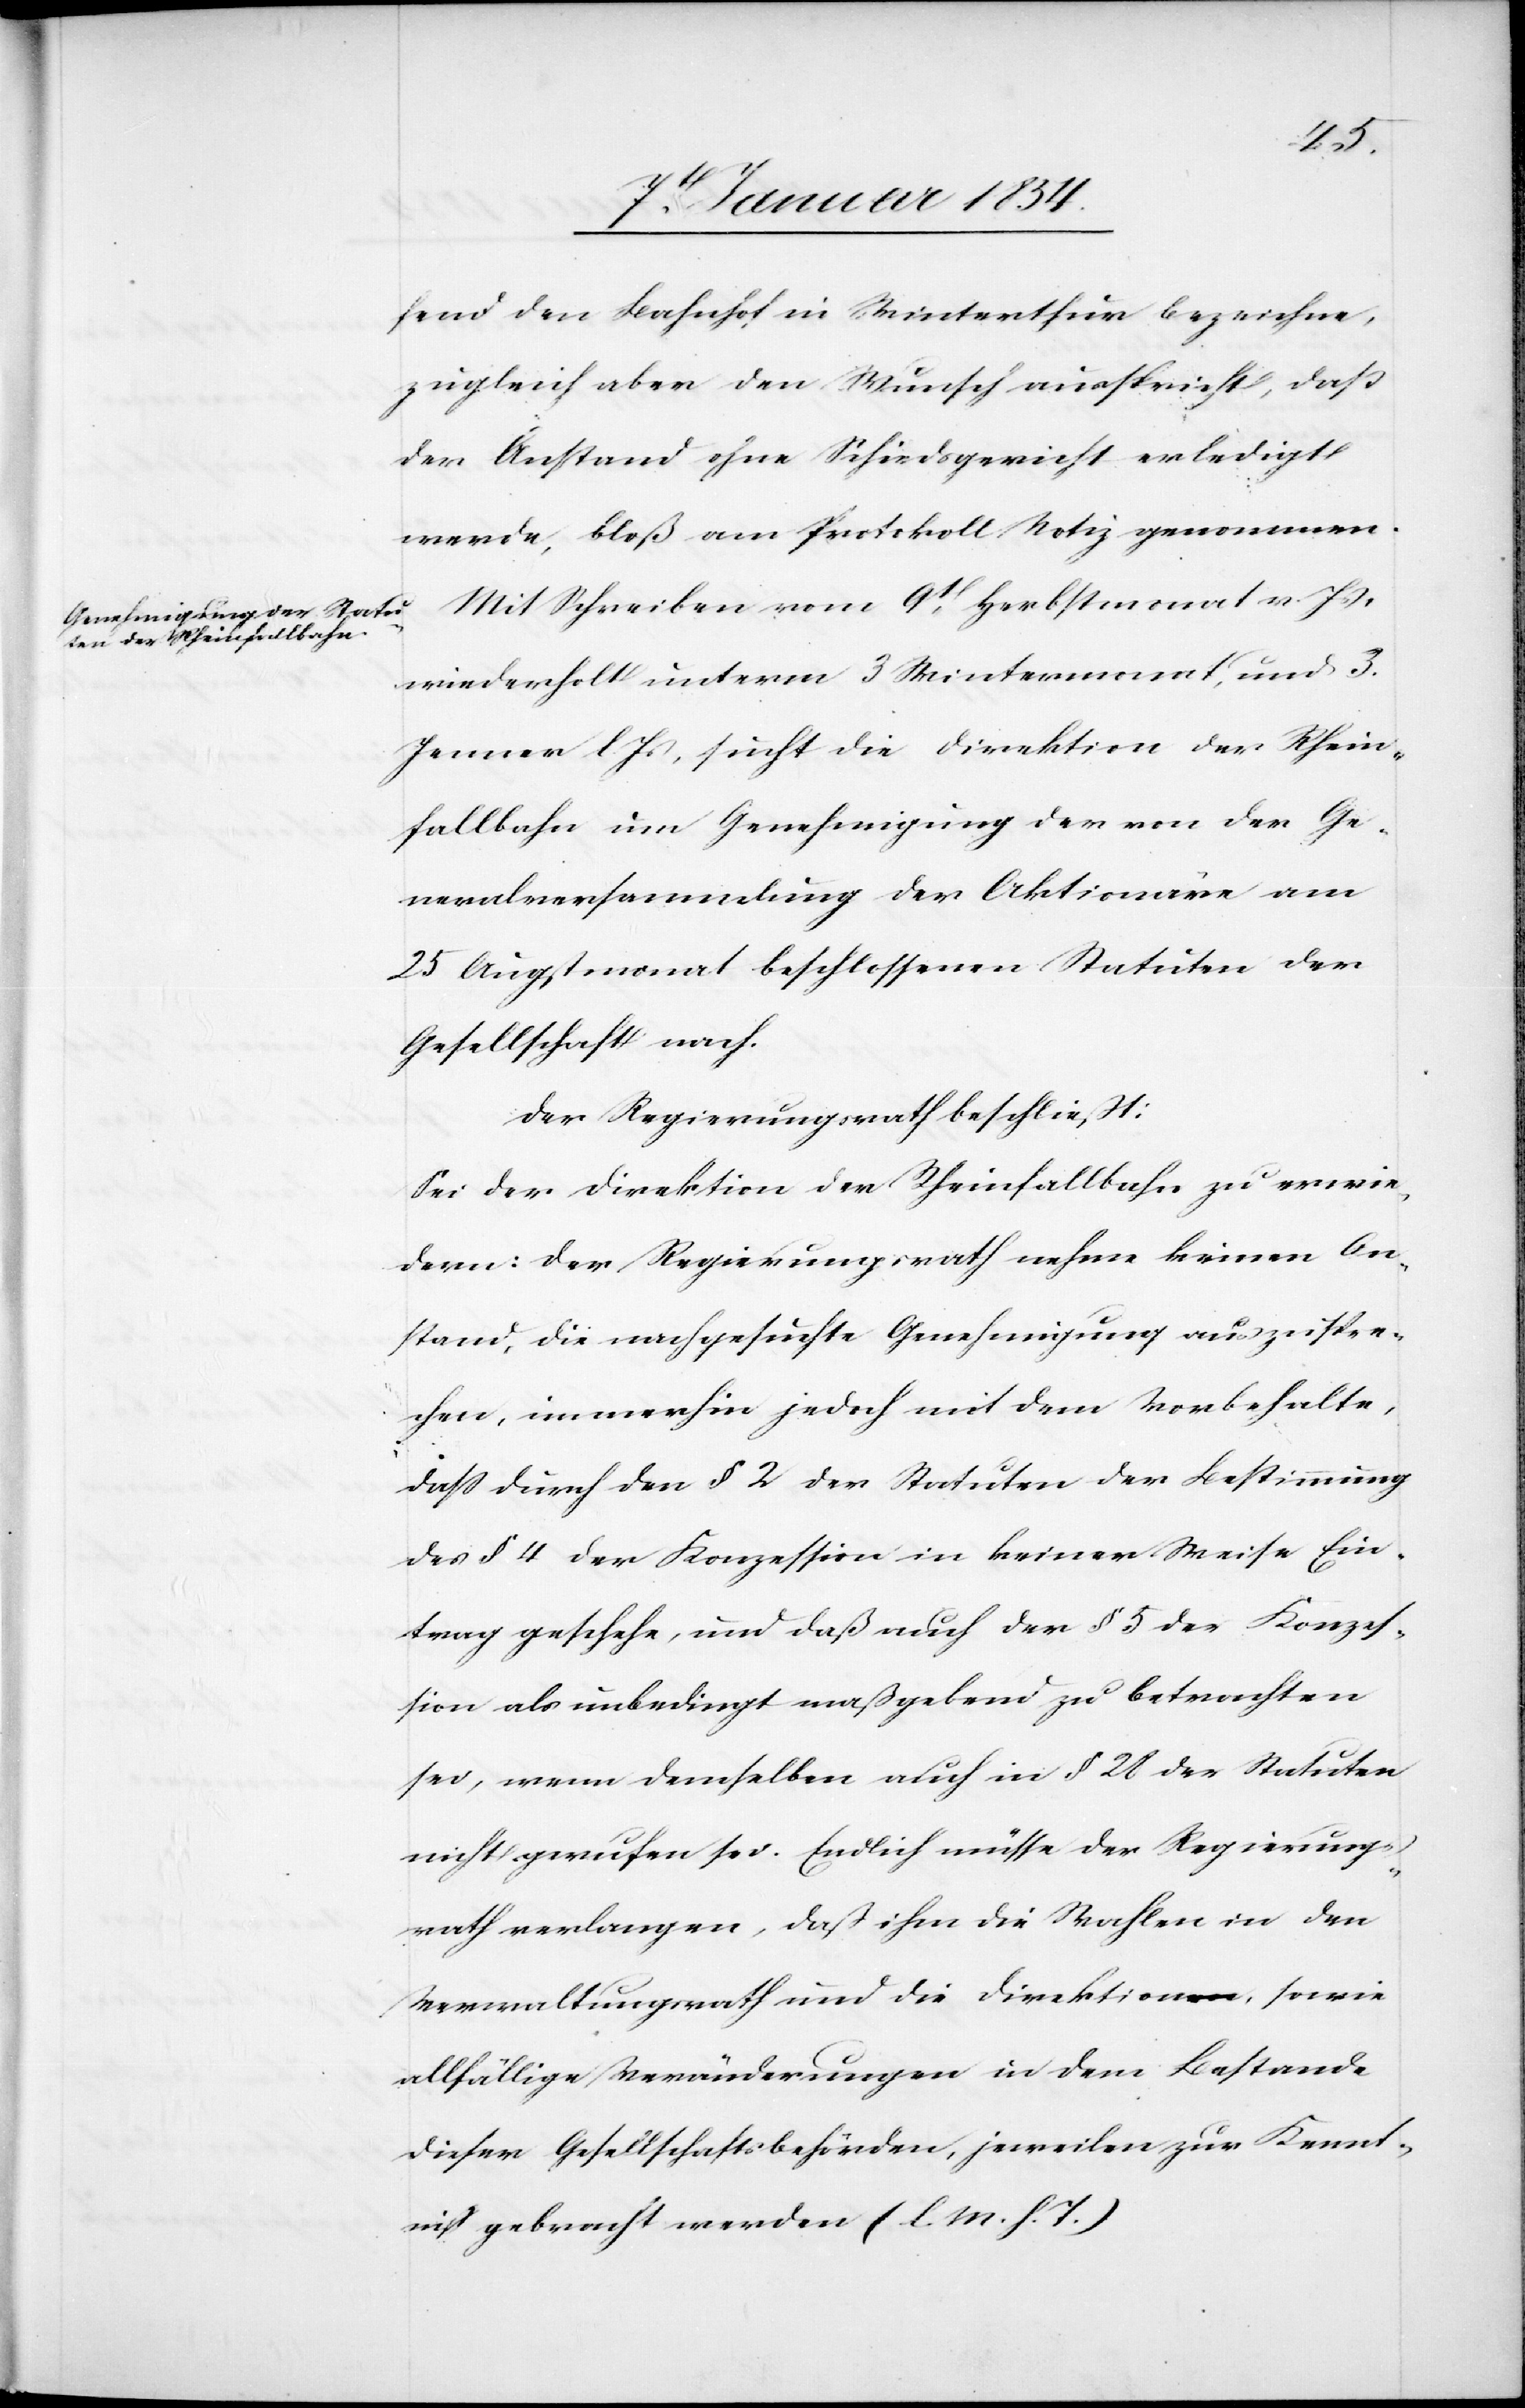
fend den Bahnhof in Winterthur bezeichne,
zugleich aber den Wunsch ausspricht, daß
der Anstand ohne Schiedsgericht erledigt
werde, bloß am Protokoll Notiz genommen.
Mit Schreiben vom 9t. Herbstmonat v. Js,
wiederholt unterm 3 Wintermonat, und 3.
Jenner l. Js, sucht die Direktion der Rhein¬
fallbahn um Genehmigung der von der Ge¬
neralversammlung der Aktionäre am
25 Augstmonat beschlossenen Statuten der
Gesellschaft nach.
Der Regierungsrath beschließt:
Sei der Direktion der Rheinfallbahn zu erwie¬
dern: Der Regierungrath nehme keinen An¬
stand, die nachgesuchte Genehmigung auszuspre¬
chen, immerhin jedoch mit dem Vorbehalte,
daß durch den § 2 der Stauten der Bestimmung
des § 4 der Konzession in keiner Weise Ein¬
trag geschehe, und daß auch der § 5 des Konzes¬
sion als unbedingt maßgebend zu betrachten
sei, wenn demselben auch in § 28 der Statuten
nicht gerufen sei. Endlich müsse der Regierungs¬
rath verlangen, daß ihm die Wahlen in den
Verwaltungsrath und die Direktion, sowie
allfällige Veränderungen in dem Bestande
dieser Gesellschaftsbehörden, jeweilen zur Kennt¬
niß gebracht werden (l. M. h. T.)